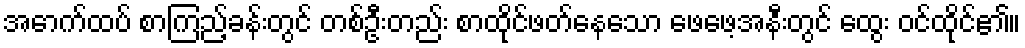
အောက်ထပ် စာကြည့်ခန်းတွင် တစ်ဦးတည်း စာထိုင်ဖတ်နေသော ဖေဖေ့အနီးတွင် ထွေး ဝင်ထိုင်၏။